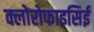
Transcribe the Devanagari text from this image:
क्लोरोफाइसिई